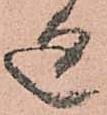
廻